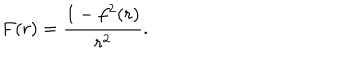
LaTeX: F ( r ) = \frac { 1 - f ^ { 2 } ( r ) } { r ^ { 2 } } .